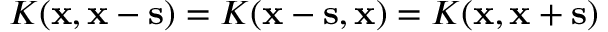
K ( \mathbf { x } , \mathbf { x } - \mathbf { s } ) = K ( \mathbf { x } - \mathbf { s } , \mathbf { x } ) = K ( \mathbf { x } , \mathbf { x } + \mathbf { s } )